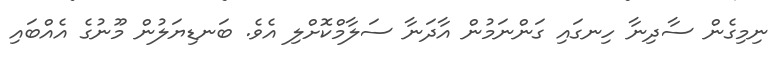
ނިމިގެން ސާދިނާ ހިނގައި ގަންނަމުން އާދަނާ ސަލާމްކޮށްލި އެވެ. ބަނޑިޔަލުން މޫނުގެ އެއްބައި